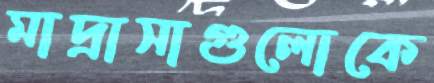
মাদ্রাসাগুলোকে